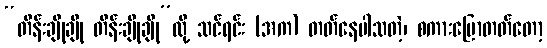
“တိန်းချိုချို တိန်းချိုချို”လို့ သင်ရင်း (အက) တတ်နေပါသတဲ့၊ စကားပြောတတ်တော့